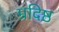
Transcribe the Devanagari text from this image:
म्रदिष्ठ